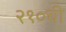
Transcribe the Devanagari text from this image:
२१०ची